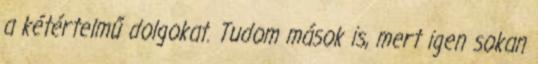
a kétértelmű dolgokat. Tudom mások is, mert igen sokan